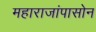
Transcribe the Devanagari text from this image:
महाराजांपासोन